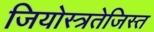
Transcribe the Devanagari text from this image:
जियोस्त्रतेजिस्त